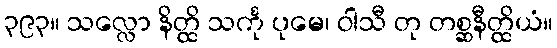
၃၉၃။ သလ္လော နိတ္ထိ သင်္ကု ပုမေ၊ ဝါသီ တု တစ္ဆနီတ္ထိယံ။